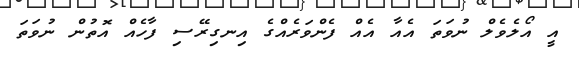
އީ އޯލެވެލް ނުވަތަ އެއާ އެއް ފެންވަރެއްގެ އިނގިރޭސި ފާހެއް އޮތުން ނުވަތަ